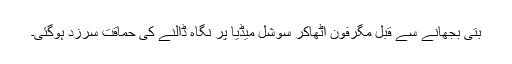
بتی بجھانے سے قبل مگرفون اٹھاکر سوشل میڈیا پر نگاہ ڈالنے کی حماقت سرزد ہوگئی۔